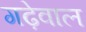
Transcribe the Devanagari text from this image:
गढ़ेवाल